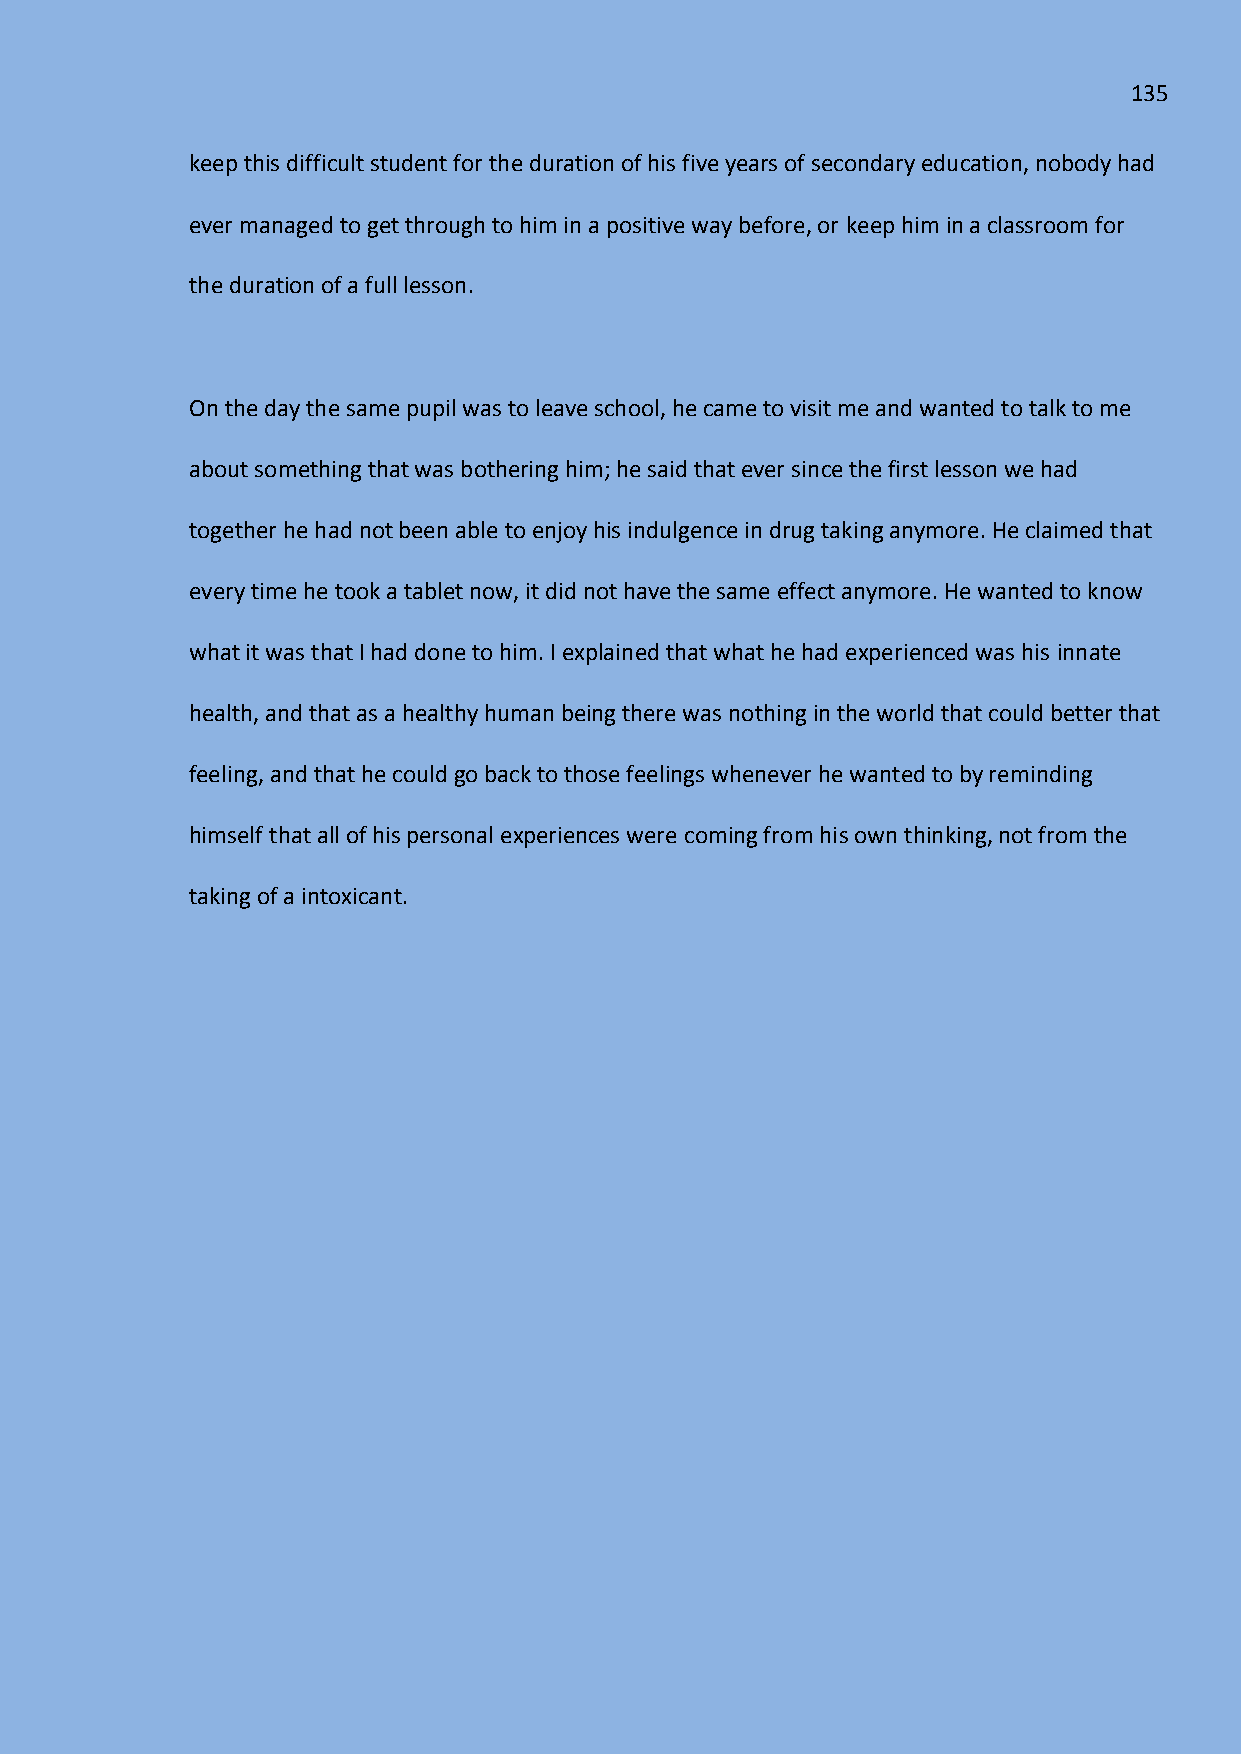
135
 keep this difficult student for the duration of his five years of secondary education, nobody had
 ever managed to get through to him in a positive way before, or keep him in a classroom for
 the duration of a full lesson.
 On the day the same pupil was to leave school, he came to visit me and wanted to talk to me
 about something that was bothering him; he said that ever since the first lesson we had
 together he had not been able to enjoy his indulgence in drug taking anymore. He claimed that
 every time he took a tablet now, it did not have the same effect anymore. He wanted to know
 what it was that I had done to him. I explained that what he had experienced was his innate
 health, and that as a healthy human being there was nothing in the world that could better that
 feeling, and that he could go back to those feelings whenever he wanted to by reminding
 himself that all of his personal experiences were coming from his own thinking, not from the
 taking of a intoxicant.